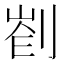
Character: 𠝀